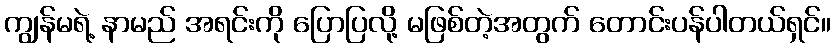
ကျွန်မရဲ့ နာမည် အရင်းကို ပြောပြလို့ မဖြစ်တဲ့အတွက် တောင်းပန်ပါတယ်ရှင်။